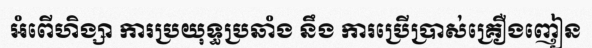
អំពើហិង្សា ការប្រយុទ្ធប្រឆាំង នឹង ការប្រើប្រាស់គ្រឿងញៀន